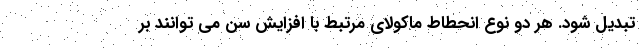
تبدیل شود. هر دو نوع انحطاط ماکولای مرتبط با افزایش سن می توانند بر